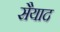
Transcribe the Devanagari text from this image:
सैयाद